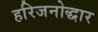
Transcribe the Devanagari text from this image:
हरिजनोद्धार